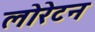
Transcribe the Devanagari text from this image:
लोरेटन